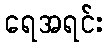
ရေအရင်း